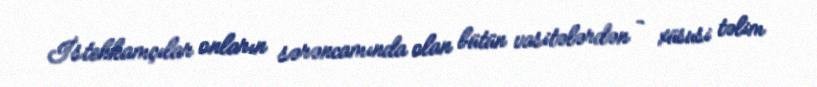
İstehkamçılar onların sərəncamında olan bütün vasitələrdən – xüsusi təlim